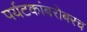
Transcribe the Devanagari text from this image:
पर्यटकांबरोबरच